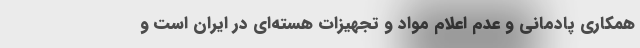
همکاری پادمانی و عدم اعلام مواد و تجهیزات هسته‌ای در ایران است و